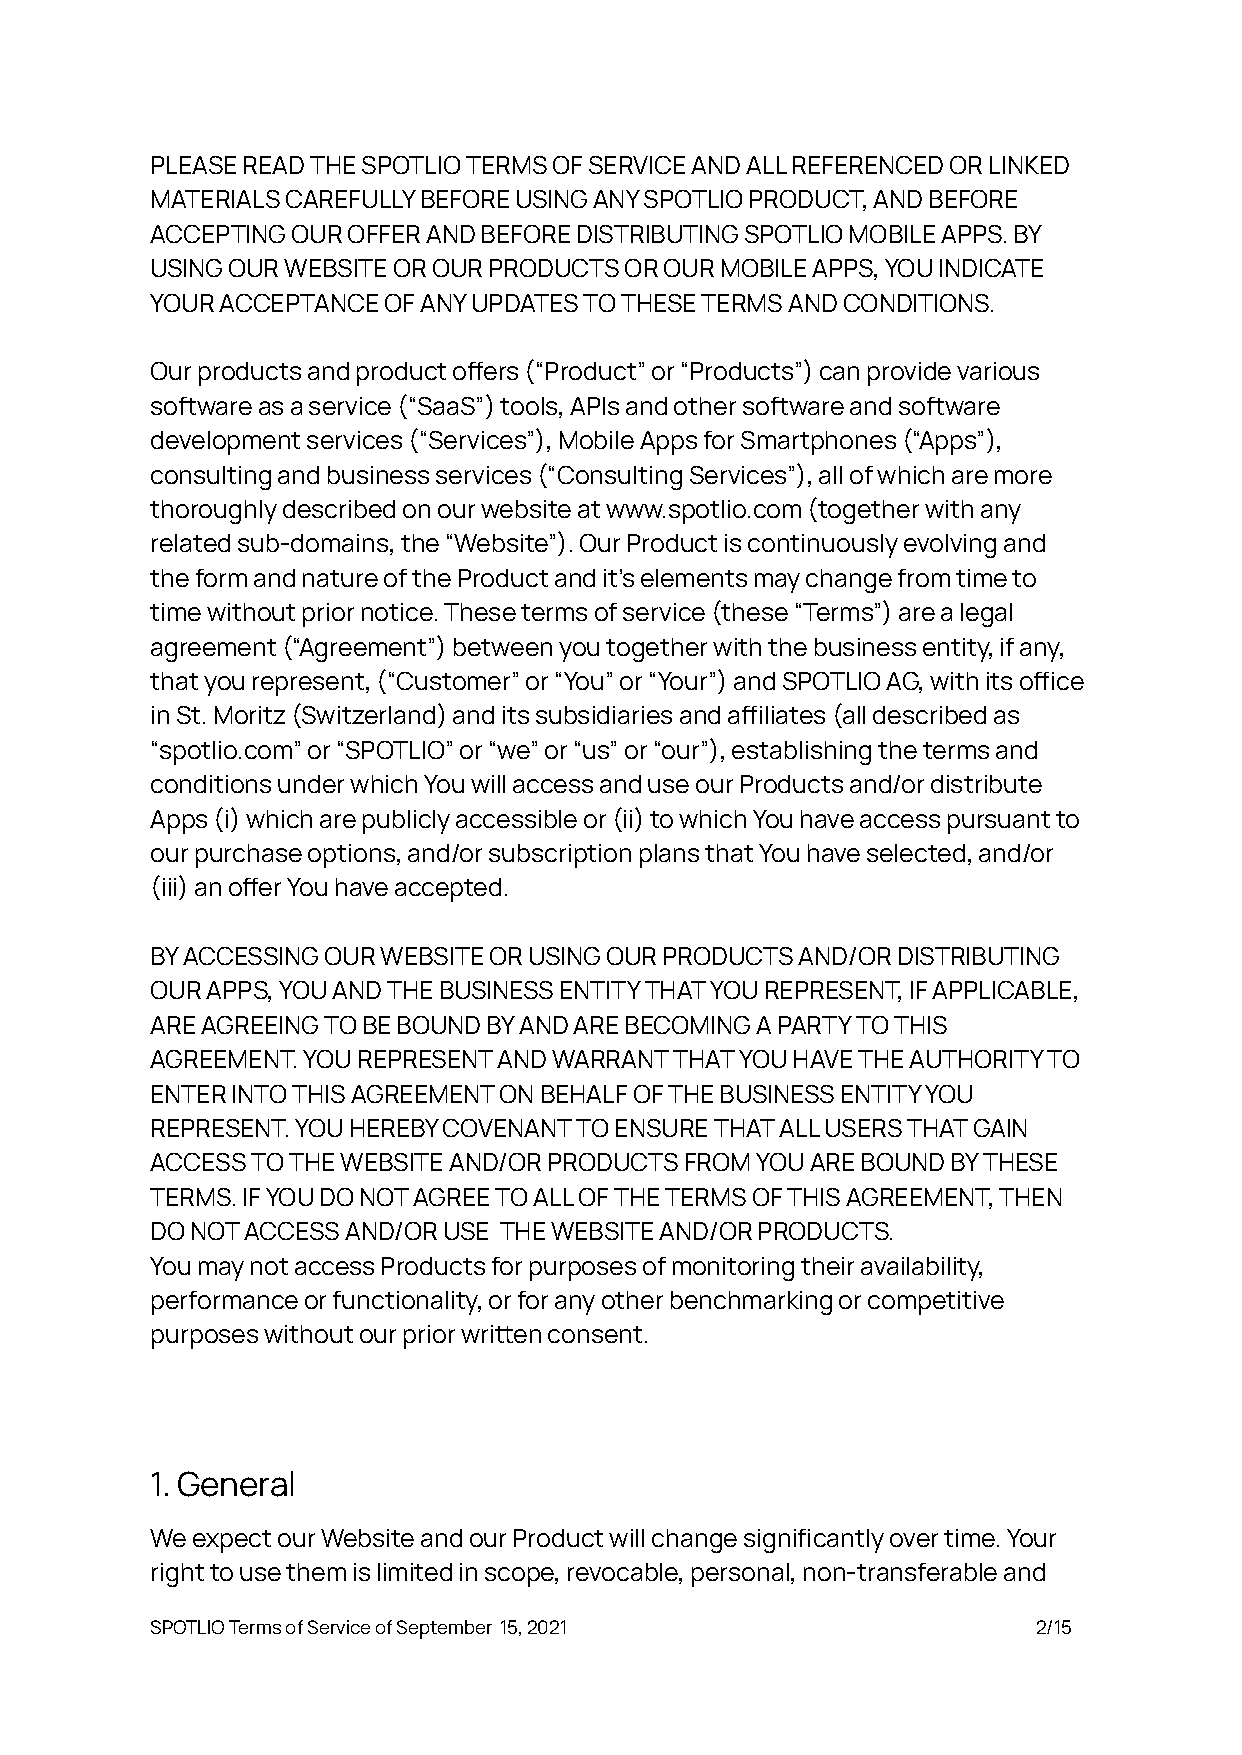
PLEASE READ THE SPOTLIO TERMS OF SERVICE AND ALL REFERENCED OR LINKED
 MATERIALS CAREFULLY BEFORE USING ANY SPOTLIO PRODUCT, AND BEFORE
 ACCEPTING OUR OFFER AND BEFORE DISTRIBUTING SPOTLIO MOBILE APPS. BY
 USING OUR WEBSITE OR OUR PRODUCTS OR OUR MOBILE APPS, YOU INDICATE
 YOUR ACCEPTANCE OF ANY UPDATES TO THESE TERMS AND CONDITIONS.
 Our products and product oers (“Product” or “Products”) can provide various
 software as a service (“SaaS”) tools, APIs and other software and software
 development services (“Services”), Mobile Apps for Smartphones (“Apps”),
 consulting and business services (“Consulting Services”), all of which are more
 thoroughly described on our website at www.spotlio.com (together with any
 related sub-domains, the “Website”). Our Product is continuously evolving and
 the form and nature of the Product and it’s elements may change from time to
 time without prior notice. These terms of service (these “Terms”) are a legal
 agreement (“Agreement”) between you together with the business entity, if any,
 that you represent, (“Customer” or “You” or “Your”) and SPOTLIO AG, with its oice
 in St. Moritz (Switzerland) and its subsidiaries and ailiates (all described as
 “spotlio.com” or “SPOTLIO” or “we” or “us” or “our”), establishing the terms and
 conditions under which You will access and use our Products and/or distribute
 Apps (i) which are publicly accessible or (ii) to which You have access pursuant to
 our purchase options, and/or subscription plans that You have selected, and/or
 (iii) an oer You have accepted.
 BY ACCESSING OUR WEBSITE OR USING OUR PRODUCTS AND/OR DISTRIBUTING
 OUR APPS, YOU AND THE BUSINESS ENTITY THAT YOU REPRESENT, IF APPLICABLE,
 ARE AGREEING TO BE BOUND BY AND ARE BECOMING A PARTY TO THIS
 AGREEMENT. YOU REPRESENT AND WARRANT THAT YOU HAVE THE AUTHORITY TO
 ENTER INTO THIS AGREEMENT ON BEHALF OF THE BUSINESS ENTITY YOU
 REPRESENT. YOU HEREBY COVENANT TO ENSURE THAT ALL USERS THAT GAIN
 ACCESS TO THE WEBSITE AND/OR PRODUCTS FROM YOU ARE BOUND BY THESE
 TERMS. IF YOU DO NOT AGREE TO ALL OF THE TERMS OF THIS AGREEMENT, THEN
 DO NOT ACCESS AND/OR USE THE WEBSITE AND/OR PRODUCTS.
 You may not access Products for purposes of monitoring their availability,
 performance or functionality, or for any other benchmarking or competitive
 purposes without our prior wrien consent.
 1. General
 We expect our Website and our Product will change significantly over time. Your
 right to use them is limited in scope, revocable, personal, non-transferable and
 SPOTLIO Terms of Service of September 15, 2021             2/15